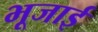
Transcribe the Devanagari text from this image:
भूजाई